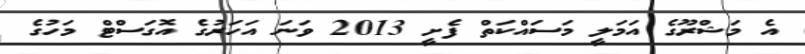
އެ މަޝްރޫގެ އަމަލީ މަސައްކަތް ފެށީ 2013 ވަނަ އަހަރުގެ އޮގަސްޓް މަހުގެ